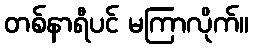
တစ်နာရီပင် မကြာလိုက်။